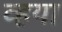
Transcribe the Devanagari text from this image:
व्हया